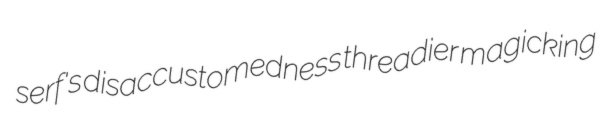
serf's disaccustomedness threadier magicking